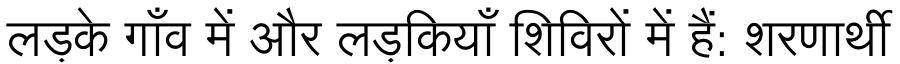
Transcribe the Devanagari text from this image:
लड़के गाँव में और लड़कियाँ शिविरों में हैं: शरणार्थी